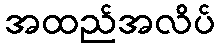
အထည်အလိပ်